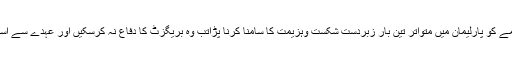
وزیراعظم تھریسا مے کو پارلیمان میں متواتر تین بار زبردست شکست وہزیمت کا سامنا کرنا پڑاتب وہ بریگزٹ کا دفاع نہ کرسکیں اور عہدے سے استعفیٰ دے گئی تھیں۔